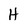
Character: H